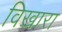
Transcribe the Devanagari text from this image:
विखारा